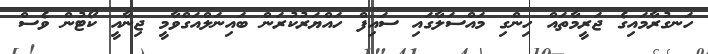
ހަނގުރާމައިގެ ޖަރީމާތައް ހިންގި މައްސަލާގައި ސައިފް ހައްޔަރުކުރަން ބައިނަލްއަގްވާމީ ޖިނާއީ ކޯޓުން ވެސް